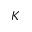
K